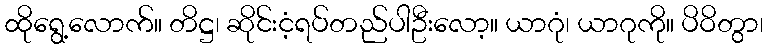
ထိုရွေ့လောက်။ တိဋ္ဌ၊ ဆိုင်းငံ့ရပ်တည်ပါဦးလော့။ ယာဂုံ၊ ယာဂုကို။ ပိဝိတွာ၊